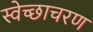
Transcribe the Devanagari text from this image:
स्वेच्छाचरण